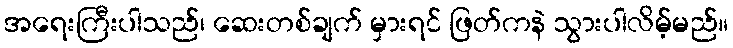
အရေးကြီးပါသည်၊ ဆေးတစ်ချက် မှားရင် ဖြတ်ကနဲ သွားပါလိမ့်မည်။